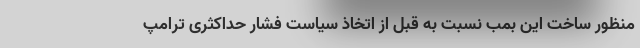
منظور ساخت این بمب نسبت به قبل از اتخاذ سیاست فشار حداکثری ترامپ